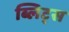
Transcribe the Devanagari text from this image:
ब्लिट्स